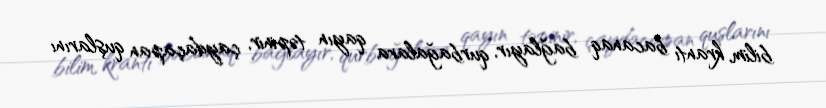
bilim, krantı bacanaq bağlayır, qurbağalara qayın təpinir, çaydaçapan quşlarını